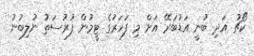
ކޯޗު އަދި ބުނީ އަޑުބަރޭ އަށް މި ފަހަރުގެ ޓީމުން ފުރުސަތު ނުލިބުނު